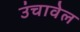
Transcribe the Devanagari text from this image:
उंचावेल